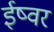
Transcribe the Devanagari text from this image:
ईष्वर